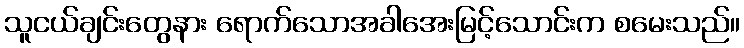
သူငယ်ချင်းတွေနား ရောက်သောအခါအေးမြင့်သောင်းက စမေးသည်။